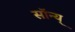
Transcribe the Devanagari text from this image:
सॉन्य्